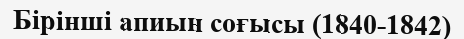
Бірінші апиын соғысы (1840-1842)